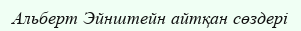
Альберт Эйнштейн айтқан сөздері